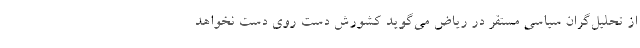
از تحلیل‌گران سیاسی مستقر در ریاض می‌گوید کشورش دست روی دست نخواهد